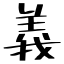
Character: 義